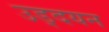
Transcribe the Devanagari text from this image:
उड्दयन